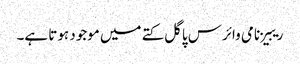
ریبیز نامی وائرس پاگل کتے میں موجود ہوتا ہے۔